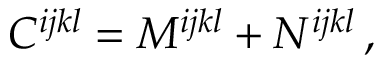
C ^ { i j k l } = M ^ { i j k l } + N ^ { i j k l } \, ,